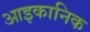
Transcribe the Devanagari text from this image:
आइकानिक